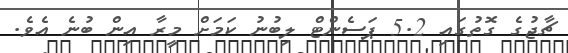
ޗާޖުގެ ގޮތުގައި 5.2 ޕަސެންޓް ލިބުނު ކަމަށް މީރާ އިން ބުނެ އެވެ.